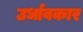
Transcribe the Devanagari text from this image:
उर्धावकार